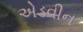
એડવીન